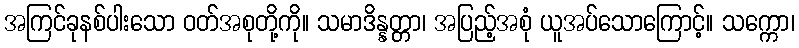
အကြင်ခုနစ်ပါးသော ဝတ်အစုတို့ကို။ သမာဒိန္နတ္တာ၊ အပြည့်အစုံ ယူအပ်သောကြောင့်။ သက္ကော၊